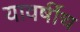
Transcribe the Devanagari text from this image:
यावर्षीच